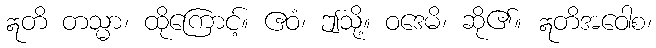
ဣတိ တသ္မာ၊ ထိုကြောင့်။ ဧဝံ၊ ဤသို့။ ဝဒေမိ၊ ဆို၏။ ဣတိအဝေါစ၊